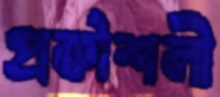
প্রকৗশলী